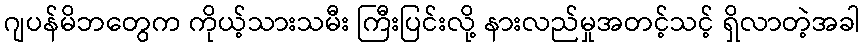
ဂျပန်မိဘတွေက ကိုယ့်သားသမီး ကြီးပြင်းလို့ နားလည်မှုအတင့်သင့် ရှိလာတဲ့အခါ